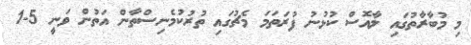
މި މުބާރާތުގައި ލާއޮސް ކުޅުނު ފުރަތަމަ މެޗުގައި ތުރުކުމެނިސްތާން އަތުން ވަނީ 5-1